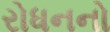
રોધનનો